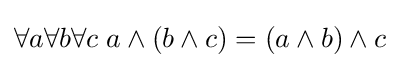
\forall a\forall b\forall c\;a\wedge (b\wedge c)=(a\wedge b)\wedge c